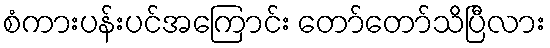
စံကားပန်းပင်အကြောင်း တော်တော်သိပြီလား